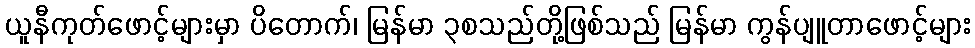
ယူနီကုတ်ဖောင့်များမှာ ပိတောက်၊ မြန်မာ ၃စသည်တို့ဖြစ်သည် မြန်မာ ကွန်ပျူတာဖောင့်များ